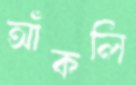
আঁকলি